Report on vaccination proceedings throughout the Government of Bengal -
Year: 1868
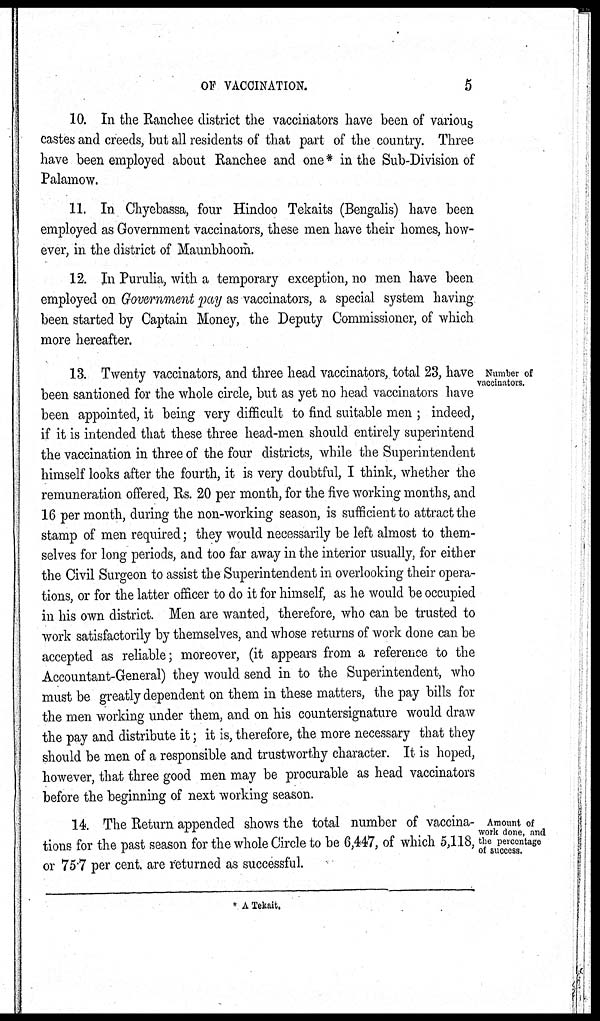
OF VACCINATION.
5
10. In the Ranchee district the vaccinators have been of various
castes and creeds, but all residents of that part of the country. Three
have been employed about Ranchee and one * in the Sub-Division of
Palamow.
11. In Chyebassa, four Hindoo Tekaits (Bengalis) have been
employed as Government vaccinators, these men have their homes, how-
ever, in the district of Maunbhoom.
12. In Purulia, with a temporary exception, no men have been
employed on Government pay as vaccinators, a special system having
been started by Captain Money, the Deputy Commissioner, of which
more hereafter.
Number of
vaccinators.
13. Twenty vaccinators, and three head vaccinators, total 23, have
been santioned for the whole circle, but as yet no head vaccinators have
been appointed, it being very difficult to find suitable men ; indeed,
if it is intended that these three head-men should entirely superintend
the vaccination in three of the four districts, while the Superintendent
himself looks after the fourth, it is very doubtful, I think, whether the
remuneration offered, Rs. 20 per month, for the five working months, and
16 per month, during the non-working season, is sufficient to attract the
stamp of men required; they would necessarily be left almost to them-
selves for long periods, and too far away in the interior usually, for either
the Civil Surgeon to assist the Superintendent in overlooking their opera-
tions, or for the latter officer to do it for himself, as he would be occupied
in his own district. Men are wanted, therefore, who can be trusted to
work satisfactorily by themselves, and whose returns of work done can be
accepted as reliable; moreover, (it appears from a reference to the
Accountant-General) they would send in to the Superintendent, who
must be greatly dependent on them in these matters, the pay bills for
the men working under them, and on his countersignature would draw
the pay and distribute it; it is, therefore, the more necessary that they
should be men of a responsible and trustworthy character. It is hoped,
however, that three good men may be procurable as head vaccinators
before the beginning of next working season.
Amount of
work done, and
the percentage
of success.
14. The Return appended shows the total number of vaccina-
tions for the past season for the whole Circle to be 6,447, of which 5,118,
or 75.7 per cent. are returned as successful.
* A Tekait.